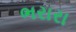
ભરારા